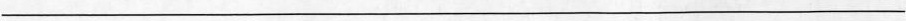
___